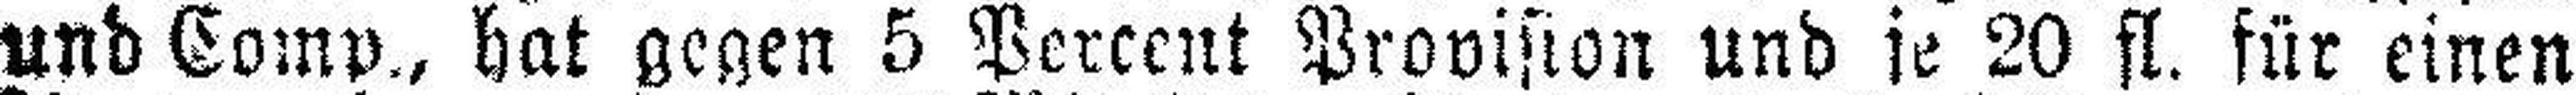
und Comp., hat gegen 5 Percent Provision und je 20 fl. für einen